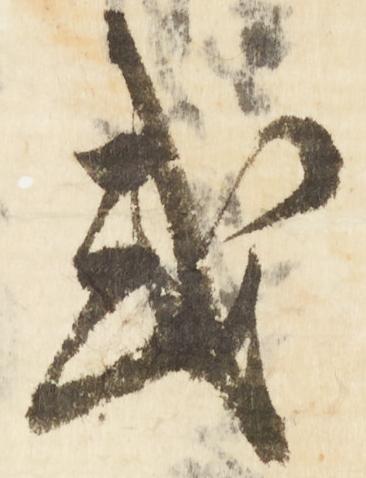
或